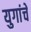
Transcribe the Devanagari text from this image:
युगांचे